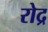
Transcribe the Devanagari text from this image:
रोद्र